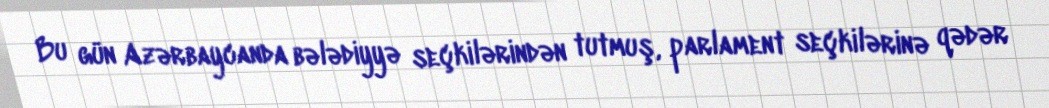
Bu gün Azərbaycanda bələdiyyə seçkilərindən tutmuş, parlament seçkilərinə qədər